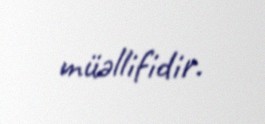
müəllifidir.